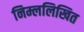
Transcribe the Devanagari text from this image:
निम्ललिखित